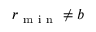
r _ { \mathrm { ~ m ~ i ~ n ~ } } \neq b